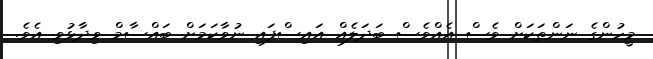
މީހުންގެ ނަންތަކަށް ވެސް އެއްވެސް ބަދަލެއް އައިސްފައި ނުވާކަމަށް ބައްސާމް ވިދާޅުވި އެވެ.